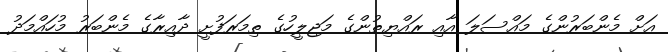
އަށް މެންބަރުންގެ މައްސަލަ އާއި ރައްޔިތުންގެ މަޖިލީހުގެ ތިމަރަފުށީ ދާއިރާގެ މެންބަރު މުހައްމަދު